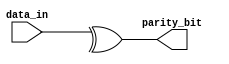
module parity_gen(parity_bit, data_in);
	input [7:0] data_in;
	output parity_bit;

	assign parity_bit = ^data_in;

endmodule